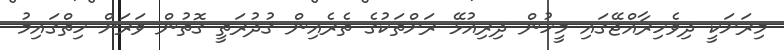
މިރަށަކީ ދިވެހިރާއްޖޭގައި މީހުން ދިރިއުޅޭ ރަށްތަކުގެ ތެރެއިން ޤުދުރަތީ ގޮތުން ވަރަށް ހިތްގައިމު